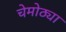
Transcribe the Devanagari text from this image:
चेमोठ्या